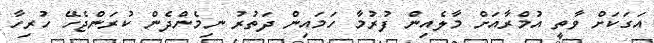
އަގަކަށް ވާތީ އުމްރާއަށް މާލެއިން ފުރުމާ ހަމައިން ދަތުރު ނިމެންދެން ކުރަންޖެހޭ ހުރިހާ